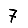
Digit: 7